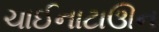
ચાઈનાટાઊન